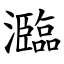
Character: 瀶